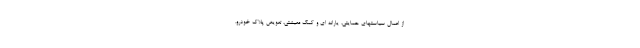
از اعمال سیاستهای حمایتی، یارانه ای و کمک معیشتی، تعویض پلاک خودرو،